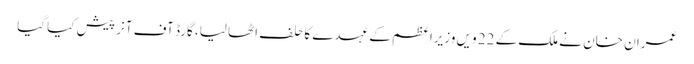
عمران خان نے ملک کے 22 ویں وزیراعظم کے عہدے کا حلف اٹھا لیا، گارڈ آف آنر پیش کیا گیا